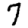
Digit: 7